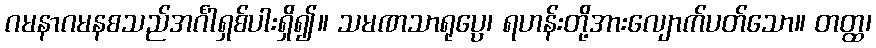
ဂမနာဂမနစသည်အင်္ဂါရှစ်ပါးရှိ၍။ သမဏသာရုပ္ပေ၊ ရဟန်းတို့အားလျောက်ပတ်သော။ တတ္ထ၊